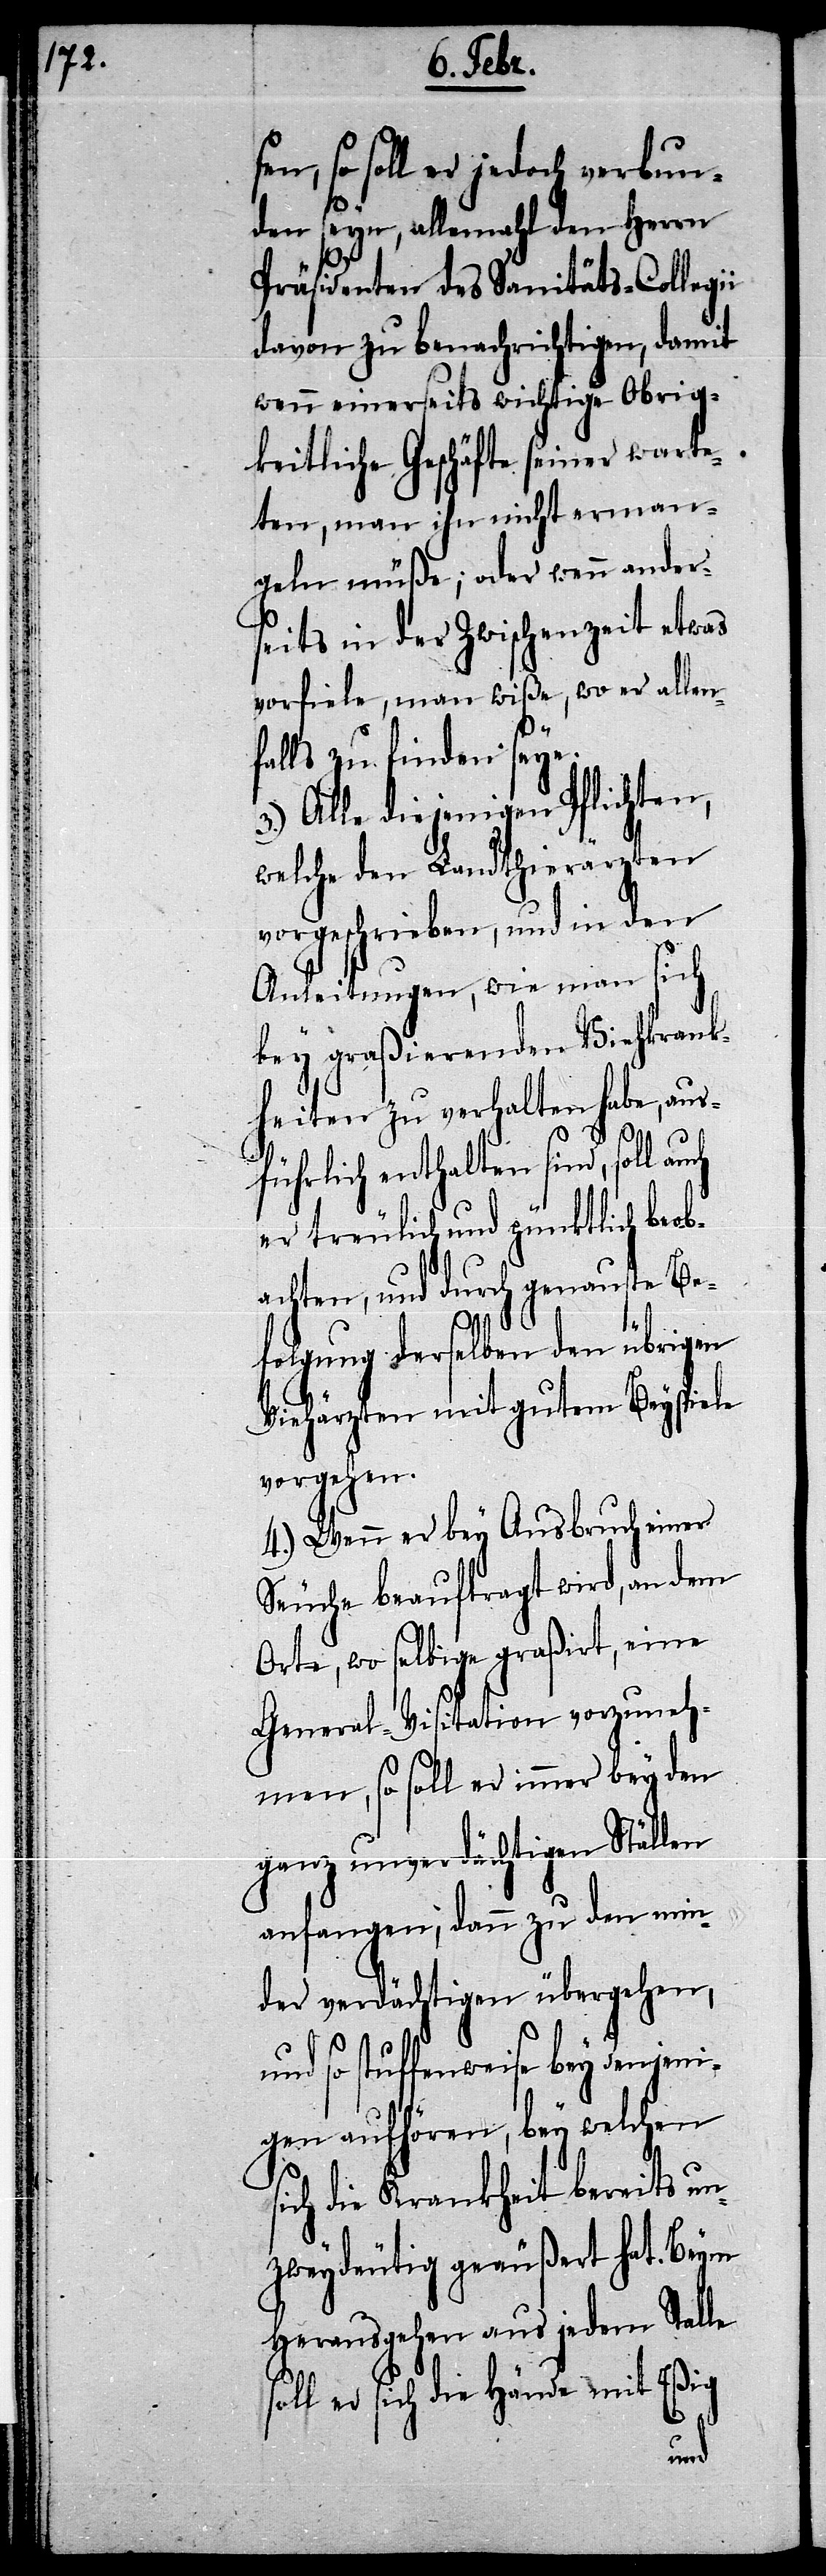
sen, so soll er jedoch verbun¬
den seyn, allemahl den Herrn
Präsidenten des Sanitäts-Collegii
davon zu benachrichtigen, damit
wenn einerseits wichtige Obrig¬
keitliche Geschäfte seiner warte¬
ten, man ihn nicht erman¬
geln müße; oder wenn ander¬
seits in der Zwischenzeit etwas
vorfiele, man wiße, wo er allen¬
falls zu finden seye.
3.) Alle diejenigen Pflichten,
welche den Landthierärzten
vorgeschrieben, und in den
Anleitungen, wie man sich
bey graßierenden Viehkrank¬
heiten zu verhalten habe, aus¬
führlich enthalten sind, soll
er treulich und pünktlich beob¬
achten, und durch genauste Be¬
folgung derselben den übrigen
Viehärzten mit gutem Beyspiele
vorgehen.
4.) Wenn er bey Ausbruch einer
Seuche beauftragt wird, an dem
Orte, wo selbige graßirt, eine
General-Visitation vorzuneh¬
men, so soll er immer bey den
ganz unverdächtigen Ställen
anfangen, dann zu den min¬
der verdächtigen übergehen,
so stuffenweise bey denjeni¬
gen aufhören, bey welchen
sich die Krankheit bereits un¬
zweydeutig geäußert hat. Beym
Herausgehen aus jedem Stalle
oll er sich die Hände mit Eßig
s¬